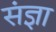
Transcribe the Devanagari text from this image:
संंज्ञा